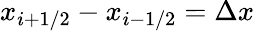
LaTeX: x_{i+1/2}-x_{i-1/2}=\Delta x